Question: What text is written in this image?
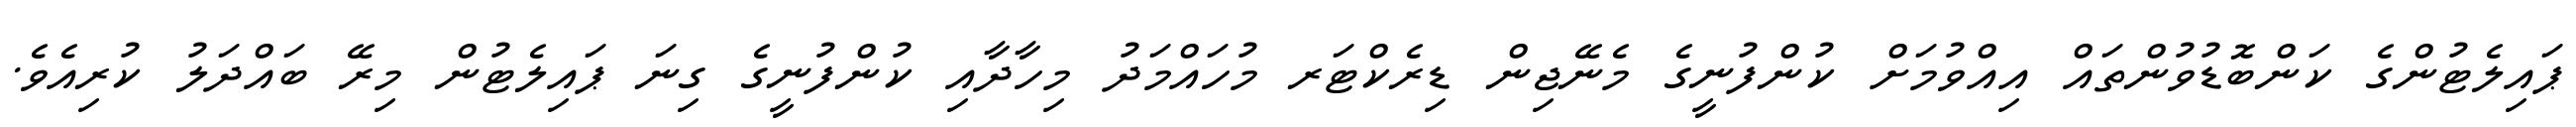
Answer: ޕައިލެޓުންގެ ކަންބޮޑުވުންތައް އިއްވުމަށް ކުންފުނީގެ މެނޭޖިން ޑިރެކްޓަރ މުހައްމަދު މިހާދާއި ކުންފުނީގެ ގިނަ ޕައިލެޓުން މިރޭ ބައްދަލު ކުރިއެވެ.